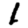
Digit: 1